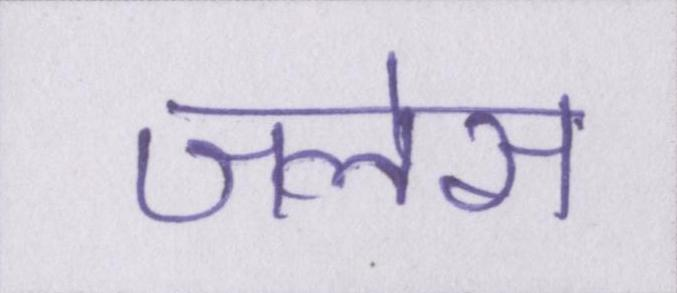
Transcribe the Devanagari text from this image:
जलेस